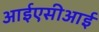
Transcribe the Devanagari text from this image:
आईएसीआई